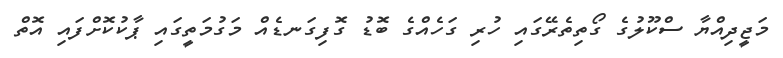
މަޖީދިއްޔާ ސްކޫލުގެ ގޯތިތެރޭގައި ހުރި ގަހެއްގެ ބޮޑު ގޮފިގަނޑެއް މަގުމަތީގައި ޕާކުކޮށްފައި އޮތް